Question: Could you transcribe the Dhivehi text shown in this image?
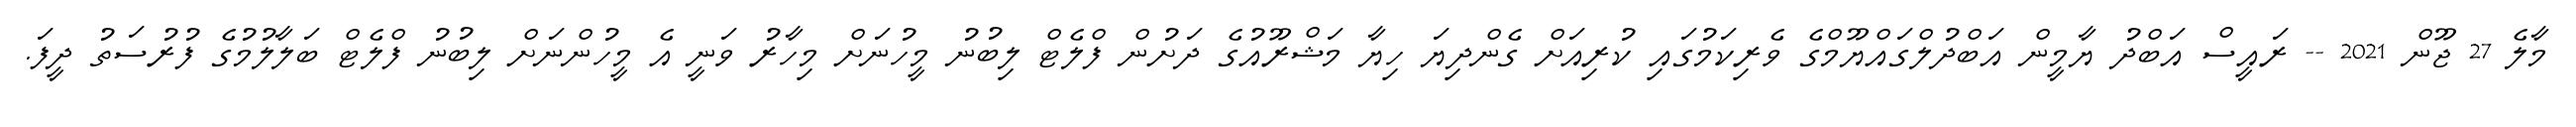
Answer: މާލެ 27 ޖޫން 2021 -- ރައީސް އަބްދު ޔާމީން އަބްދުލްގައްޔޫމްގެ ވެރިކަމުގައި ކުރިއަށް ގެންދިޔަ ހިޔާ މަޝްރޫއުގެ ދަށުން ފްލެޓް ލިބުނު މީހުނަށް މިހާރު ވަނީ އެ މީހުންނަށް ލިބުނު ފްލެޓް ބަލާލުމުގެ ފުރުސަތު ދީފަ.